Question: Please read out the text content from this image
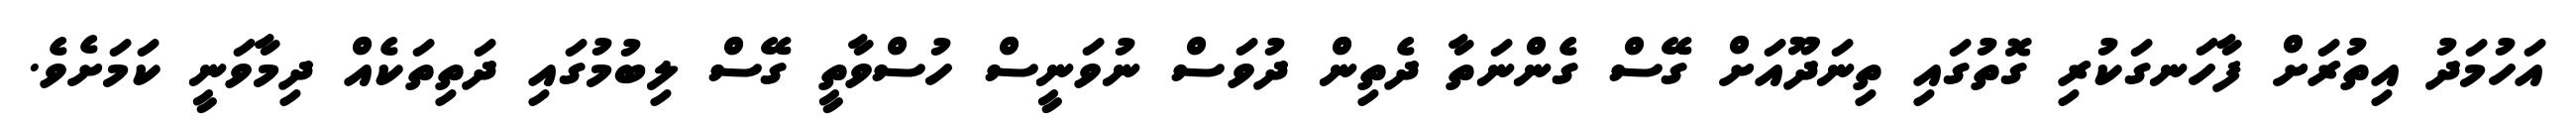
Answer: އަހުމަދު އިތުރަށް ފާހަނގަކުރި ގޮތުގައި ތިނަދޫއަށް ގޭސް ގެންނަތާ ދެތިން ދުވަސް ނުވަނީސް ހުސްވާތީ ގޭސް ލިބުމުގައި ދަތިތަކެއް ދިމާވަނީ ކަމަށެވެ.